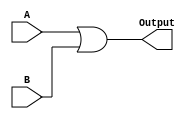
module OR(A, B, Output);
input[31:0]A;
input[31:0]B;

output reg[31:0]Output;

always@(A, B)
         Output = A | B;
endmodule